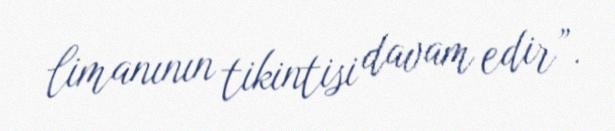
limanının tikintisi davam edir”.